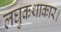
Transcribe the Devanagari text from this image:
लघुकथाकार।